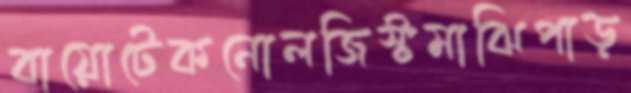
বায়োটেকনোলজিস্টমাঝিপাড়